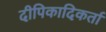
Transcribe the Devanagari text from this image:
दीपिकादिकर्ता